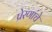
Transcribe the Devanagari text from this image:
प्रेरणांचे